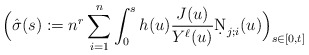
\begin{align*} \Big( \hat{\sigma}(s) := n^r \sum_{i=1}^n \int_0^s h(u) \frac{J(u)}{Y^\ell(u)} \d N_{j;i}(u) \Big)_{s \in [0,t]} \end{align*}